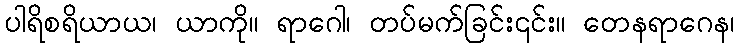
ပါရိစရိယာယ၊ ယာကို။ ရာဂေါ၊ တပ်မက်ခြင်း၎င်း။ တေနရာဂေန၊